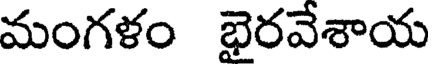
మంగళం భైరవేశాయ